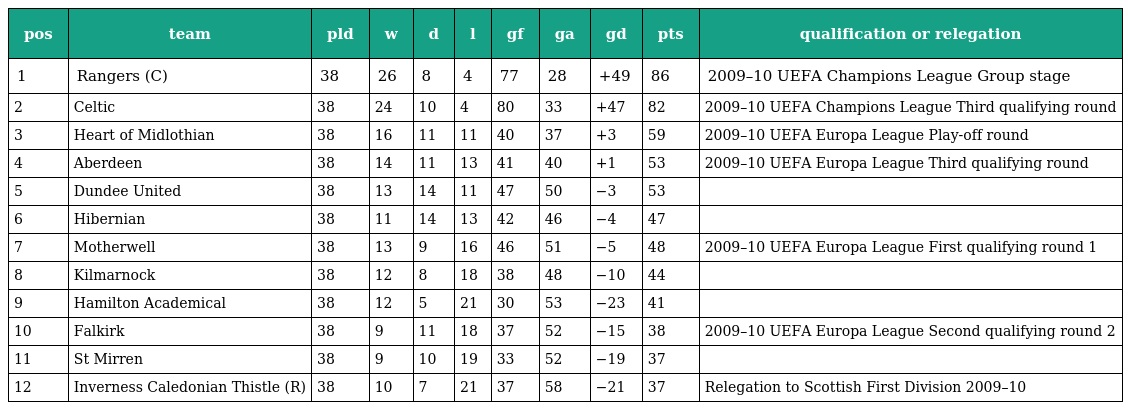
| pos | team | pld | w | d | l | gf | ga | gd | pts | qualification or relegation |
 | --- | --- | --- | --- | --- | --- | --- | --- | --- | --- | --- |
 | 1 | Rangers (C) | 38 | 26 | 8 | 4 | 77 | 28 | +49 | 86 | 2009–10 UEFA Champions League Group stage |
 | 2 | Celtic | 38 | 24 | 10 | 4 | 80 | 33 | +47 | 82 | 2009–10 UEFA Champions League Third qualifying round |
 | 3 | Heart of Midlothian | 38 | 16 | 11 | 11 | 40 | 37 | +3 | 59 | 2009–10 UEFA Europa League Play-off round |
 | 4 | Aberdeen | 38 | 14 | 11 | 13 | 41 | 40 | +1 | 53 | 2009–10 UEFA Europa League Third qualifying round |
 | 5 | Dundee United | 38 | 13 | 14 | 11 | 47 | 50 | −3 | 53 |  |
 | 6 | Hibernian | 38 | 11 | 14 | 13 | 42 | 46 | −4 | 47 |  |
 | 7 | Motherwell | 38 | 13 | 9 | 16 | 46 | 51 | −5 | 48 | 2009–10 UEFA Europa League First qualifying round 1 |
 | 8 | Kilmarnock | 38 | 12 | 8 | 18 | 38 | 48 | −10 | 44 |  |
 | 9 | Hamilton Academical | 38 | 12 | 5 | 21 | 30 | 53 | −23 | 41 |  |
 | 10 | Falkirk | 38 | 9 | 11 | 18 | 37 | 52 | −15 | 38 | 2009–10 UEFA Europa League Second qualifying round 2 |
 | 11 | St Mirren | 38 | 9 | 10 | 19 | 33 | 52 | −19 | 37 |  |
 | 12 | Inverness Caledonian Thistle (R) | 38 | 10 | 7 | 21 | 37 | 58 | −21 | 37 | Relegation to Scottish First Division 2009–10 |